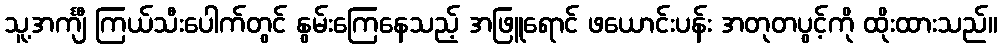
သူ့အင်္ကျီ ကြယ်သီးပေါက်တွင် နွမ်းကြေနေသည့် အဖြူရောင် ဖယောင်းပန်း အတုတပွင့်ကို ထိုးထားသည်။